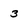
Character: 3